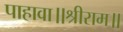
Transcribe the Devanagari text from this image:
पाहावा॥श्रीराम॥